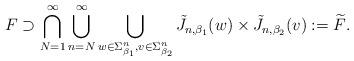
LaTeX: \begin{align*}F\supset \bigcap_{N=1}^{\infty}\bigcup_{n=N}^{\infty}\bigcup_{w\in \Sigma_{\beta_1}^n, v\in \Sigma_{\beta_2}^n}\tilde{J}_{n,\beta_1}(w)\times \tilde{J}_{n,\beta_2}(v):=\widetilde{F}.\end{align*}